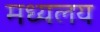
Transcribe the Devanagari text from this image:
मध्‍यलय